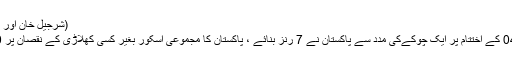
(شرجیل خان اور احمد شہزاد)
اوور نمبر 04 کے اختتام پر ایک چوکےکی مدد سے پاکستان نے 7 رنز بنائے ، پاکستان کا مجموعی اسکور بغیر کسی کھلاڑی کے نقصان پر 19/0 ہوگیا۔